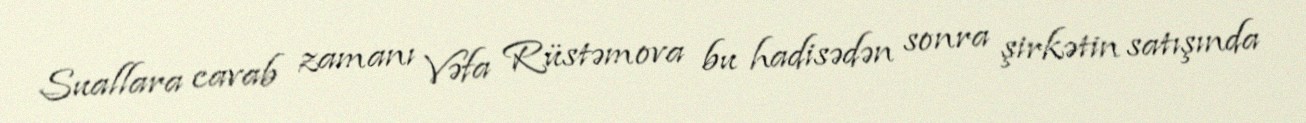
Suallara cavab zamanı Vəfa Rüstəmova bu hadisədən sonra şirkətin satışında